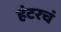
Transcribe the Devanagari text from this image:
हंटरचं